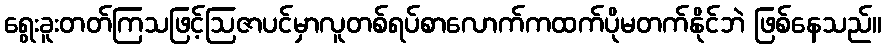
ရွေးခူးတတ်ကြသဖြင့်ဩဇာပင်မှာလူတစ်ရပ်စာလောက်ကထက်ပိုမတက်နိုင်ဘဲ ဖြစ်နေသည်။